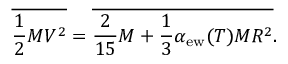
{ \overline { { { \frac { 1 } { 2 } M V ^ { 2 } } } } } = { \overline { { { \frac { 2 } { 1 5 } M + \frac { 1 } { 3 } \alpha _ { \mathrm { e w } } ( T ) M R ^ { 2 } } } } } .